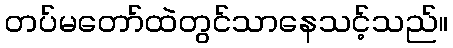
တပ်မတော်ထဲတွင်သာနေသင့်သည်။